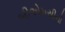
બીએમસીનો